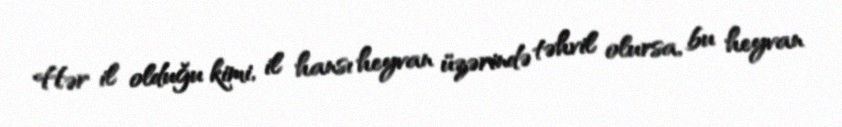
Hər il olduğu kimi, il hansı heyvan üzərində təhvil olursa, bu heyvan